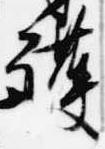
護